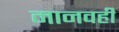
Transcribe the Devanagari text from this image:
मानवही